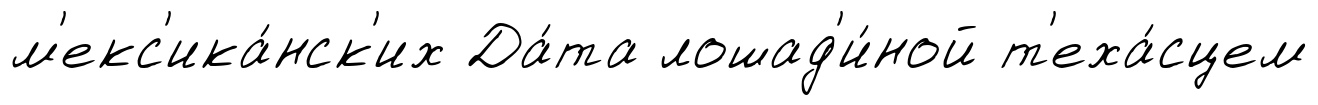
м'екс'ика́нск'их Да́та лошад'и́ной т'еха́сцем